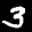
Label: 3